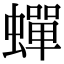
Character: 蟬